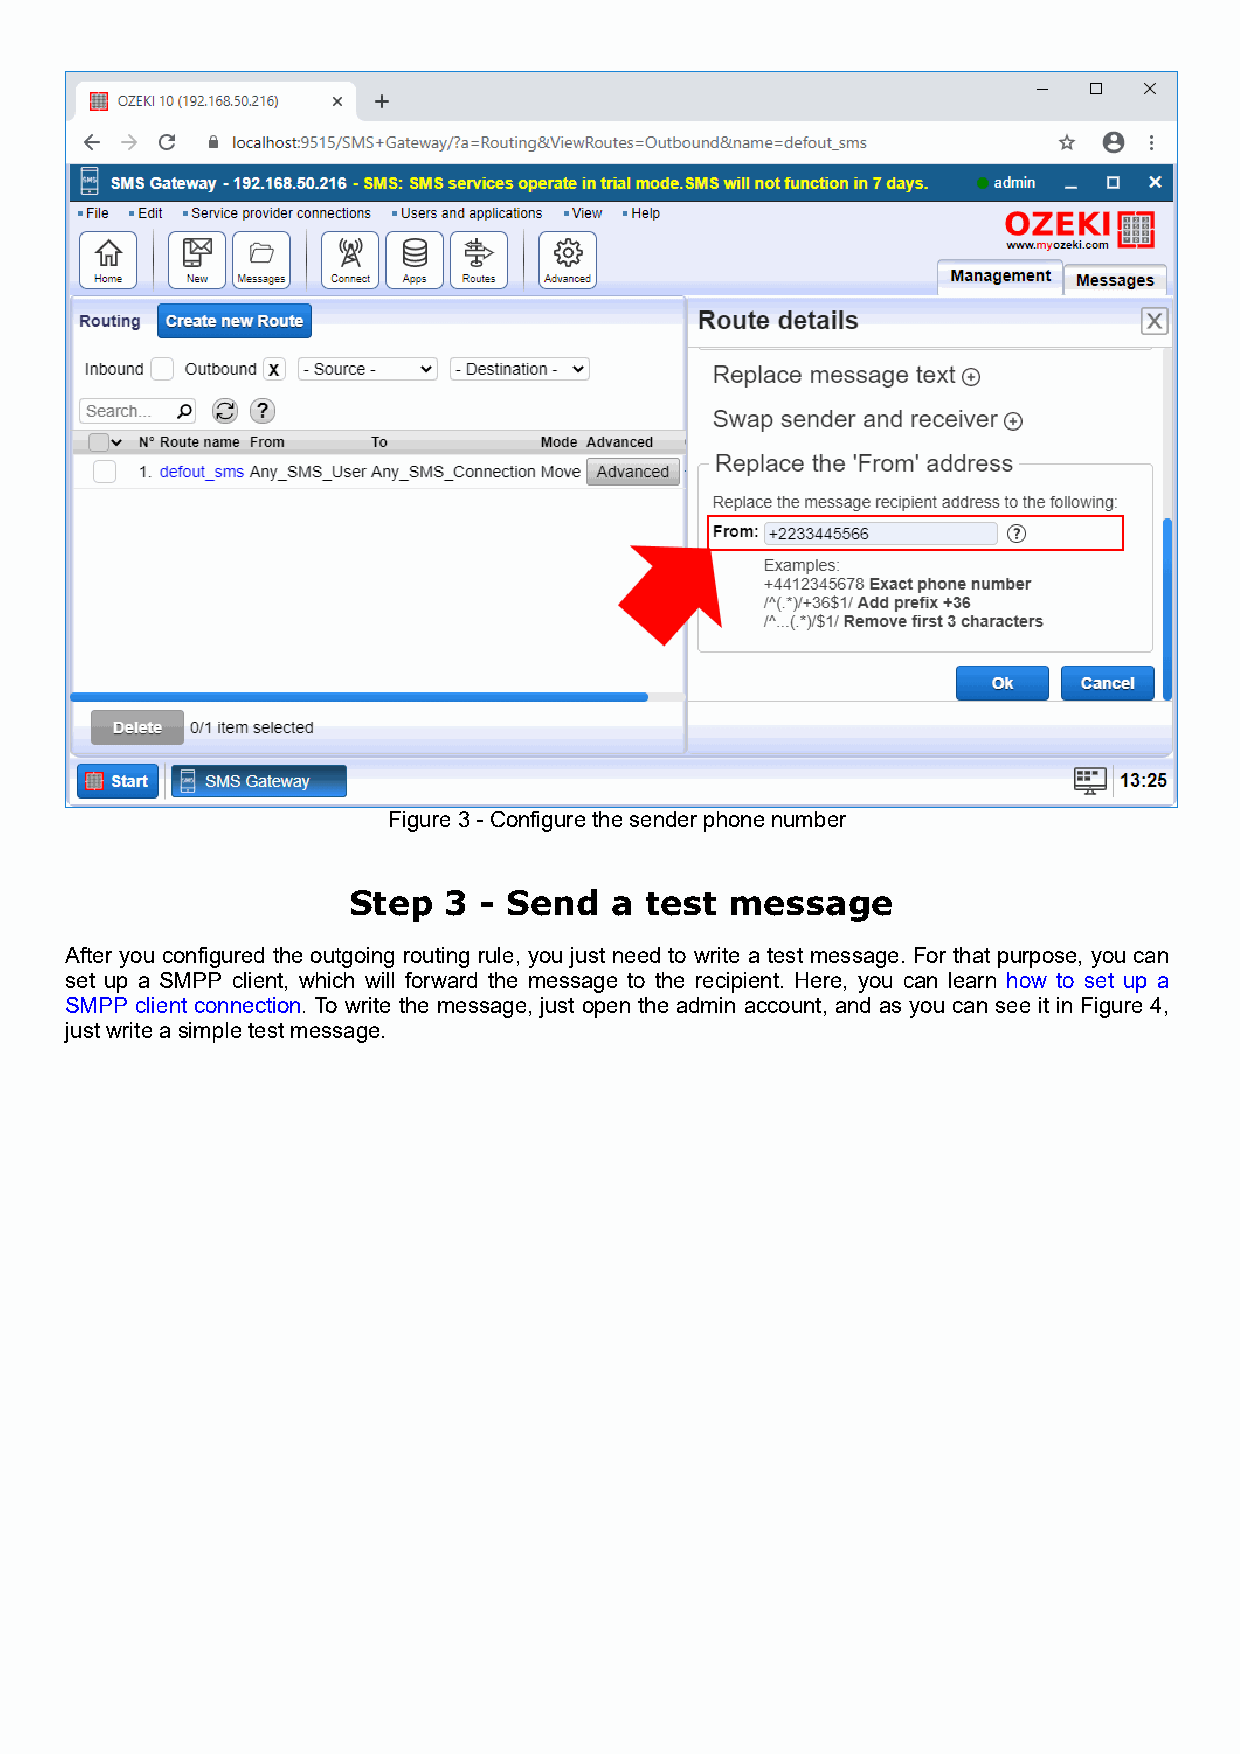
Figure 3 - Configure the sender phone number
 Step  3  - Send  a  test message
 After you configured the outgoing routing rule, you just need to write a test message. For that purpose, you can
 set up a SMPP client, which will forward the message to the recipient. Here, you can learn how to set up a
 SMPP client connection. To write the message, just open the admin account, and as you can see it in Figure 4,
 just write a simple test message.